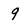
Character: 9